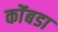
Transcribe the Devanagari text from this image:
कोंंबडा